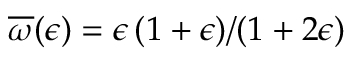
\overline { { \omega } } ( \epsilon ) = \epsilon \, ( 1 + \epsilon ) / ( 1 + 2 \epsilon )